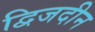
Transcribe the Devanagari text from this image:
द्विजदीन